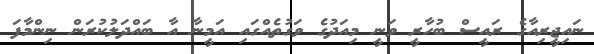
ނައިޖީރިއާގެ ރައީސް ބުހާރީ ވަނީ މިއަދުގެ ވަގުތެއްގައި އަމީނާ އާ ބައްދަލުކުރަން ނިންމާފަ